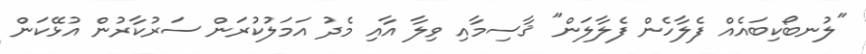
"ލުނބޯކިބައެއް ފެލާހެން ފެލާލަން" ޤާސިމާއި ވިލާ އާއި މެދު އަމަލުކުރަން ސަރުކާރުން އުޅޭކަން